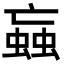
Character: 蝱